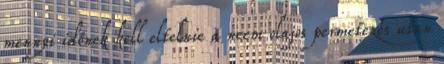
mennyi időnek kell eltelnie a neem olajos permetezés utan